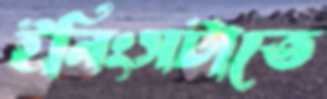
ইনিংসটাতে